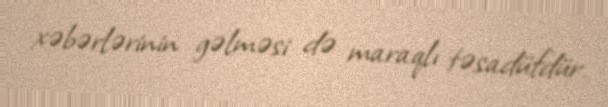
xəbərlərinin gəlməsi də maraqlı təsadüfdür.